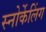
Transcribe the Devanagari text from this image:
स्नोर्केलिंग